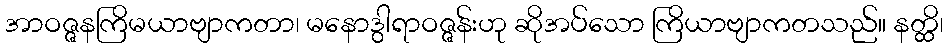
အာဝဇ္ဇနကြိမယာဗျာကတာ၊ မနောဒွါရာဝဇ္ဇန်းဟု ဆိုအပ်သော ကြိယာဗျာကတသည်။ နတ္ထိ၊